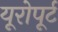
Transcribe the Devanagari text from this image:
यूरोपूर्ट